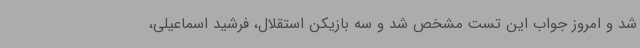
شد و امروز جواب این تست مشخص شد و سه بازیکن استقلال، فرشید اسماعیلی،